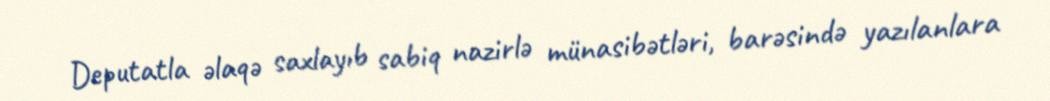
Deputatla əlaqə saxlayıb sabiq nazirlə münasibətləri, barəsində yazılanlara